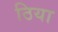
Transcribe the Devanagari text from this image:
ठिया